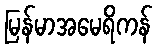
မြန်မာအမေရိကန်